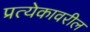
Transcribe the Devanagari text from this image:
प्रत्येकावरील